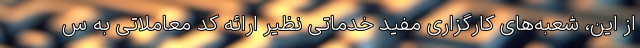
از این، شعبه‌های کارگزاری مفید خدماتی نظیر ارائه کد معاملاتی به س